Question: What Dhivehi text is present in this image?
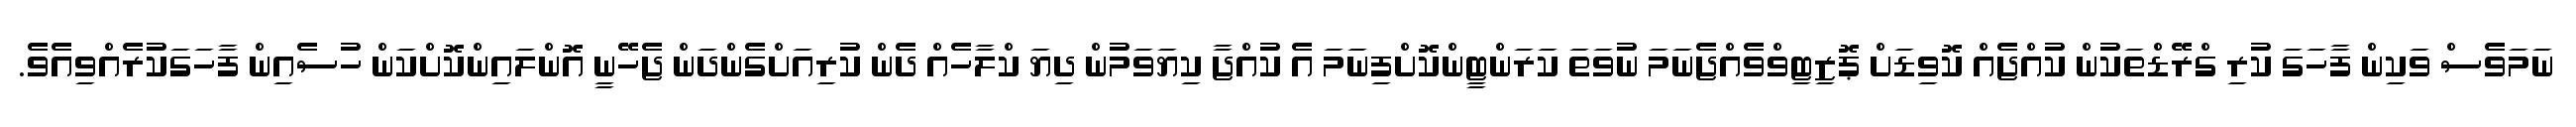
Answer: ނަމަވެސް ވަކިން ފާހަގަ ކުރި ގްރޭޑްތަކުން ކުއްޖެއް ކޮވިޑަށް ޕޮޒިޓިވްވެއްޖެނަމަ ނުވަތަ ކަރަންޓީންކޮށްފިނަމަ އެ ކުއްޖާ ކިޔަވަމުން ދިޔަ ކްލާހެއް ދެން ކުރިއަށްގެންދަން ޖެހޭނީ އޮންލައިންކޮށްކަން ހުސެއިން ފާހަގަކުރެއްވިއެވެ.